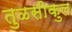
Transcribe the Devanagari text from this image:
तुळसीकुल